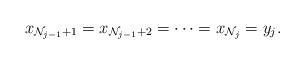
LaTeX: \begin{align*} x_{\mathcal{N}_{j-1}+1}= x_{\mathcal{N}_{j-1}+2}= \cdots= x_{\mathcal{N}_j}= y_j.\end{align*}